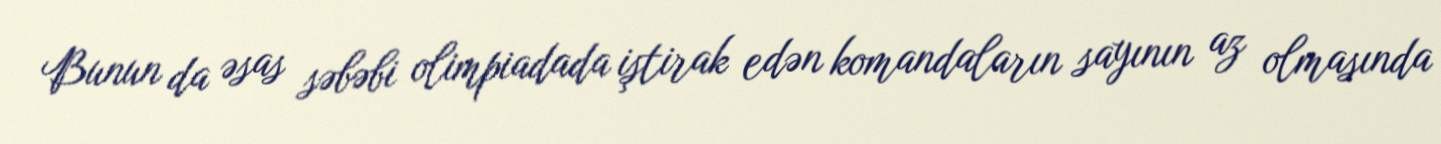
Bunun da əsas səbəbi olimpiadada iştirak edən komandaların sayının az olmasında